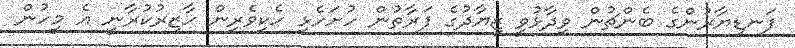
ފަނޑިޔާރުންގެ ބެންޗުން ވިދާޅުވީ ޒިޔާދުގެ ފަރާތުން ހުށަހެޅި ހެކިވެރިން ހާޒިރުކުރާނީ އެ މީހުން